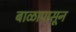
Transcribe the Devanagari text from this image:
बाळापासून